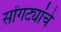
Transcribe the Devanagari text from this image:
सोंगट्यांचे